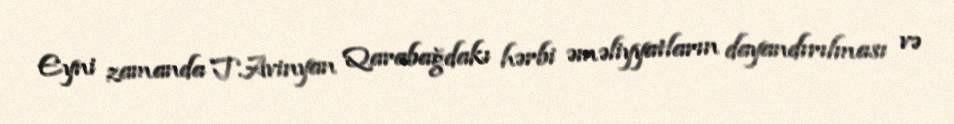
Eyni zamanda T.Avinyan Qarabağdakı hərbi əməliyyatların dayandırılması və